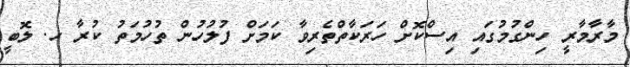
މާރާމާރީ ހިންގުމުގައި އިސްކޮށް ހަރަކާތްތެރިވާ ކަމަށް ފުލުހުން ތުހުމަތު ކުރާ ހ. ލޮބީ